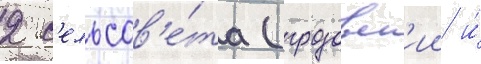
2 с'ельсов'е́та (грозовск'ии и́